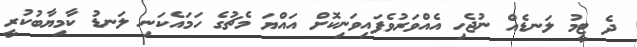
ދެ ޓީމު ލަނޑެއް ނުޖެހި އެއްވަރުވެފައިވަނިކޮށް އައްޔަ މެޗުގެ ހަމައެކަނި ލަނޑު ކާމިޔާބުކުރީ